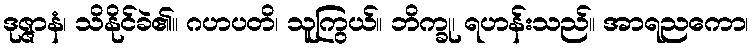
ဒုဇ္ဇာနံ၊ သိနိုင်ခဲ၏။ ဂဟပတိ၊ သူကြွယ်။ ဘိက္ခု၊ ရဟန်းသည်။ အာရညကော၊